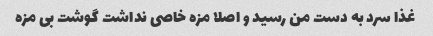
غذا سرد به دست من رسید و اصلا مزه خاصی نداشت گوشت بی مزه